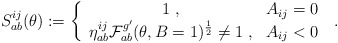
\begin{align*}S_{ab}^{ij}(\theta ):=\left\{ \begin{array}{cc}1\;, & A_{ij}=0 \\ \eta _{ab}^{ij}\mathcal{F}_{ab}^{g^{\prime }}(\theta ,B=1)^{\frac{1}{2}}\neq1\;, & A_{ij}<0\end{array}\right. \;. \end{align*}